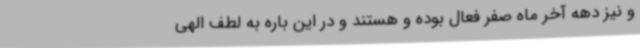
و نیز دهه آخر ماه صفر فعال بوده و هستند و در این باره به لطف الهی